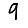
Digit: 9